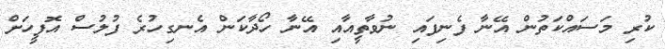
ކުރި މަސައްކަތުން އޭނާ ފެނިފައި ނުވާތީއާއި އޭނާ ހޯދާކަން އެނގިހުރެ ފުލުސް އޮފީހަށް